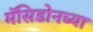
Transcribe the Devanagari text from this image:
मॅसिडोनच्या